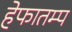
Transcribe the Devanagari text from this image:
हेफातम्प